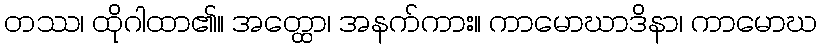
တဿ၊ ထိုဂါထာ၏။ အတ္ထော၊ အနက်ကား။ ကာမောဃာဒိနာ၊ ကာမောဃ